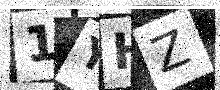
Text: 1YHZ